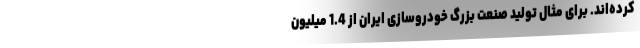
کرده‌اند. برای مثال تولید صنعت بزرگ خودروسازی ایران از 1.4 میلیون